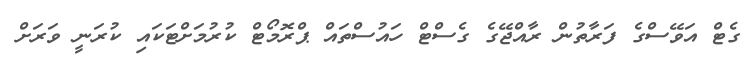
ގެޓް އަވޭސްގެ ފަރާތުން ރާއްޖޭގެ ގެސްޓް ހައުސްތައް ޕްރޮމޯޓް ކުރުމަށްޓަކައި ކުރަނީ ވަރަށް